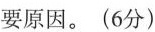
要原因。(6分)